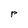
Character: r